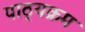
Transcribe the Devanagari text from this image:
पाठ्‍यक्रम